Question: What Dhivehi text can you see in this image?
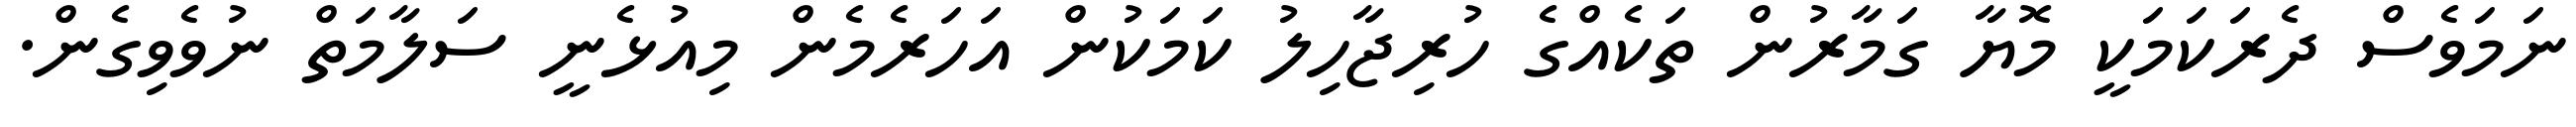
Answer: ނަމަވެސް ދެރަކަމަކީ މޮޔާ ގަމާރުން ތަކެއްގެ ހުރިޖާހިލު ކަމަކުން އަހަރެމެން މިއުޅެނީ ސަލާމަތް ނުވެވިގެން.